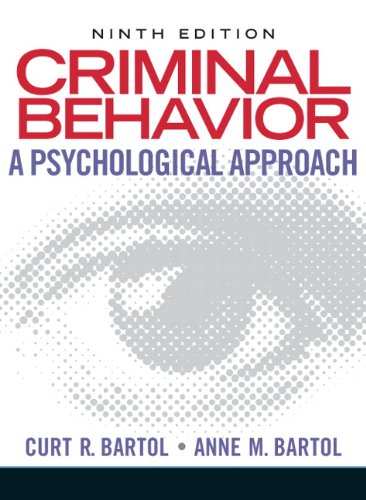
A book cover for Criminal Behavior: A Psychological Approach (9th Edition); Curt R. Bartol; Medical Books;